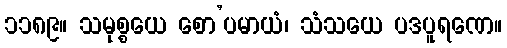
၁၁၈၉။ သမုစ္စယေ စော’ပမာယံ၊ သံသယေ ပဒပူရဏေ။